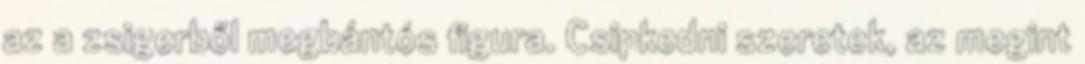
az a zsigerből megbántós figura. Csipkedni szeretek, az megint